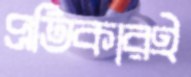
প্রতিকারই